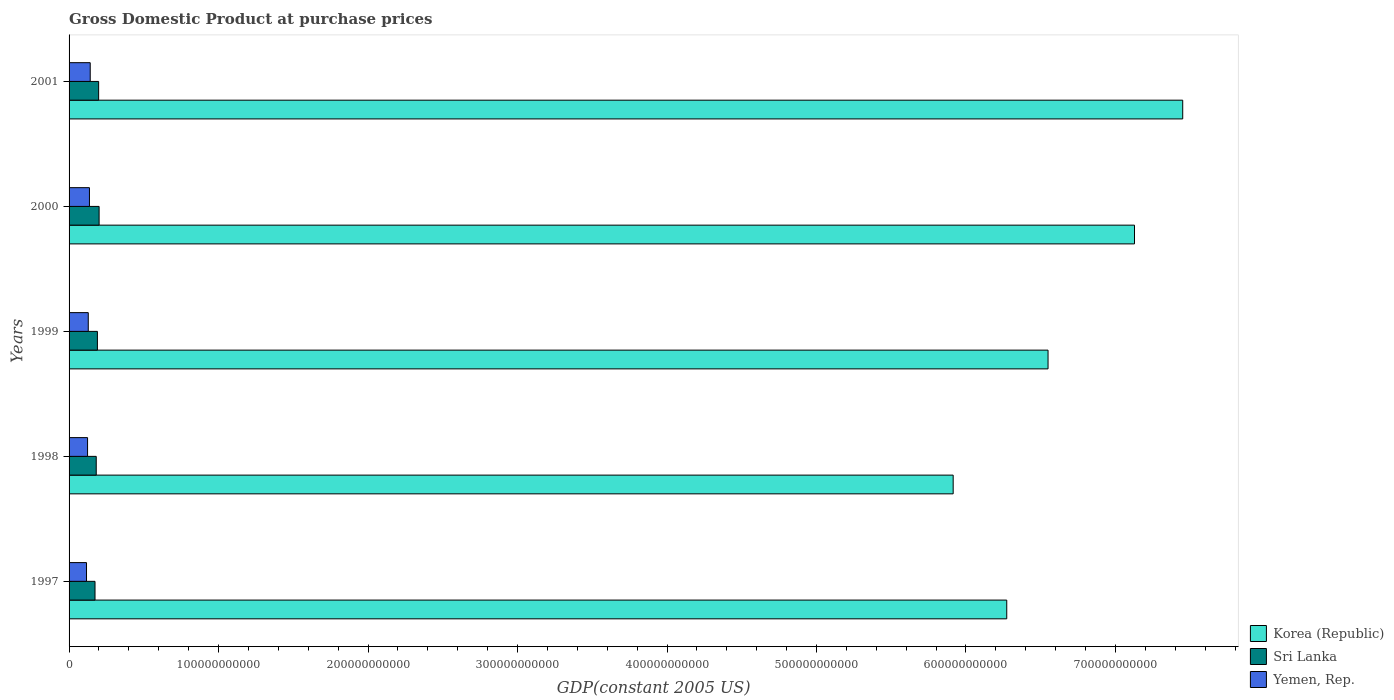
| Years | Korea (Republic) | Sri Lanka | Yemen, Rep. |
 | --- | --- | --- | --- |
 | 1997 | 6.27e+11 | 1.74e+10 | 1.17e+10 |
 | 1998 | 5.91e+11 | 1.82e+10 | 1.24e+10 |
 | 1999 | 6.55e+11 | 1.9e+10 | 1.28e+10 |
 | 2000 | 7.13e+11 | 2.01e+10 | 1.36e+10 |
 | 2001 | 7.45e+11 | 1.98e+10 | 1.42e+10 |